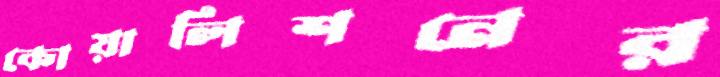
কোয়ালিশনের